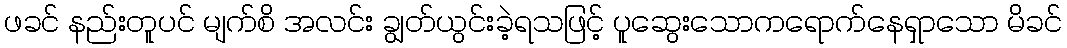
ဖခင် နည်းတူပင် မျက်စိ အလင်း ချွတ်ယွင်းခဲ့ရသဖြင့် ပူဆွေးသောကရောက်နေရှာသော မိခင်